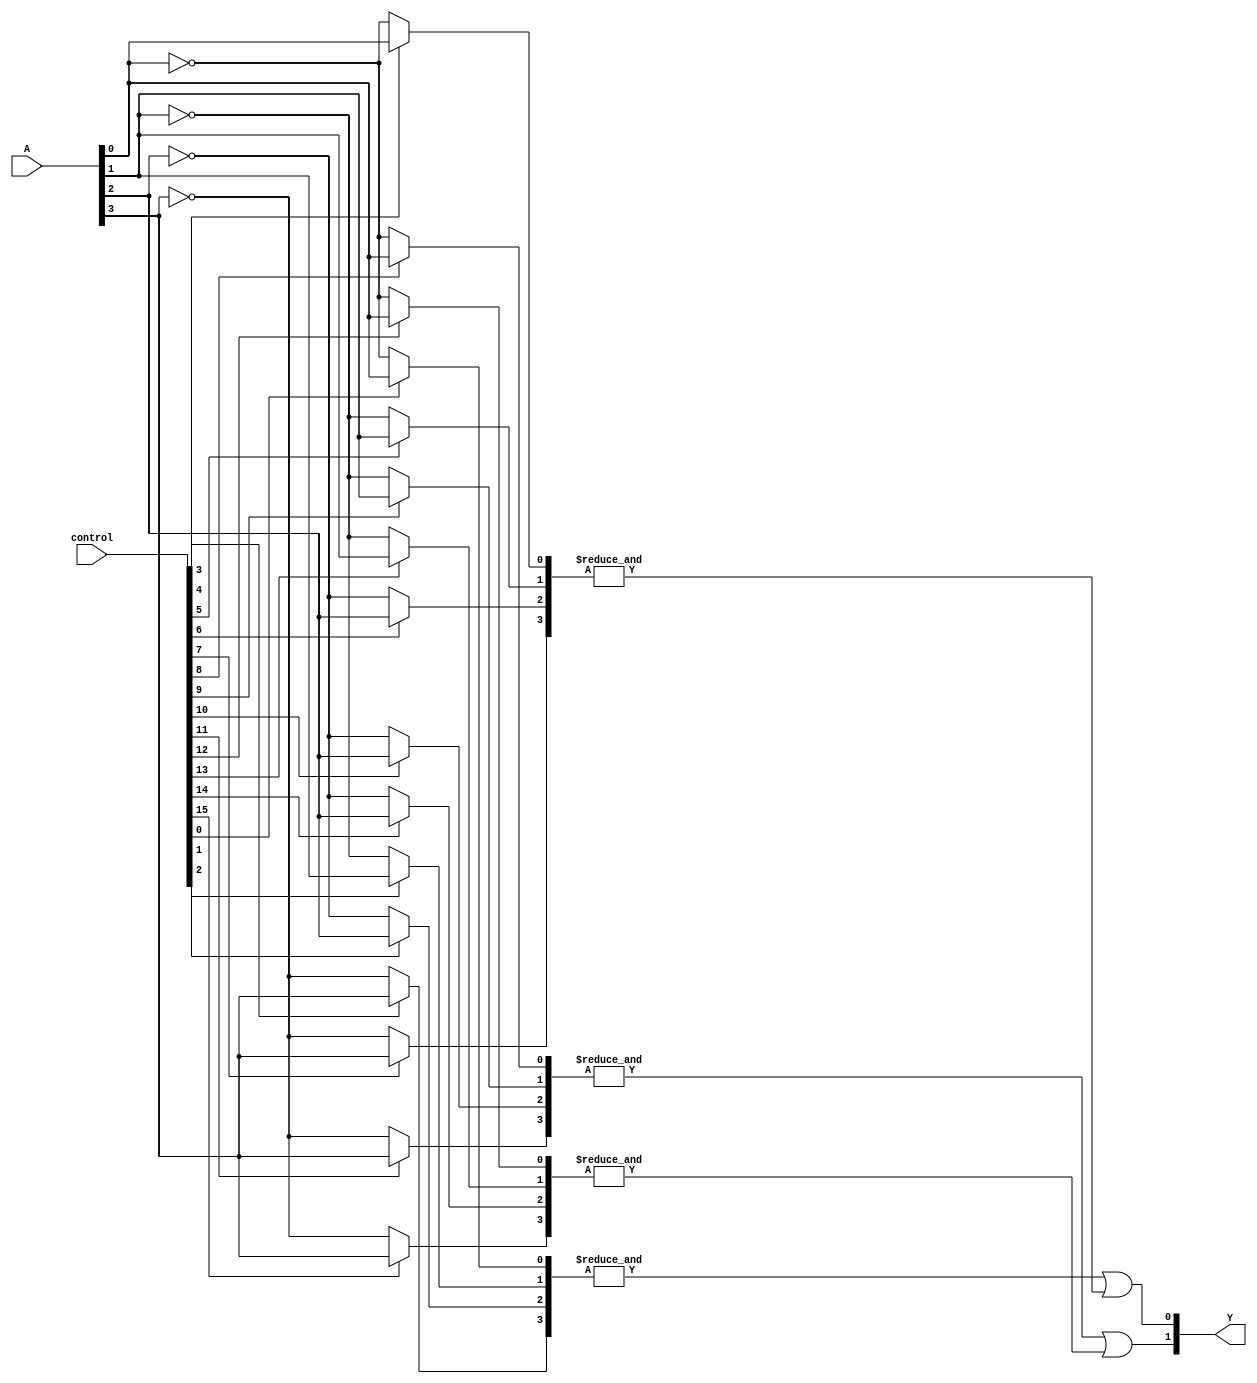
module SPAL #(
    parameter N = 4,  // Number of inputs (A1, A2, ..., An)
    parameter M = 4,  // Number of product terms (AND gates)
    parameter P = 2   // Number of outputs (OR gates)
)(
    input  [N-1:0] A,             // Input signals
    input  [M*N + M:0] control,   // Control signals for programmability
    output [P-1:0] Y              // Output signals
);

    // Internal signals for AND gates
    wire [M-1:0] and_out; // Outputs of the AND gates

    // Generate the programmable AND array
    genvar i, j;
    generate
        for (i = 0; i < M; i = i + 1) begin : and_gates
            wire [N-1:0] and_input; // Inputs to the AND gate
            for (j = 0; j < N; j = j + 1) begin : input_mux
                assign and_input[j] = control[i*N + j] ? A[j] : ~A[j]; // Select inputs based on control signals
            end
            assign and_out[i] = &and_input; // AND operation
        end
    endgenerate

    // Internal signals for OR gates
    wire [P-1:0] or_out; // Outputs of the OR gates
    assign or_out[0] = and_out[0] | and_out[1]; // Example of OR gate combination
    assign or_out[1] = and_out[2] | and_out[3]; // Example of OR gate combination

    // Final output assignment
    assign Y = or_out;

endmodule